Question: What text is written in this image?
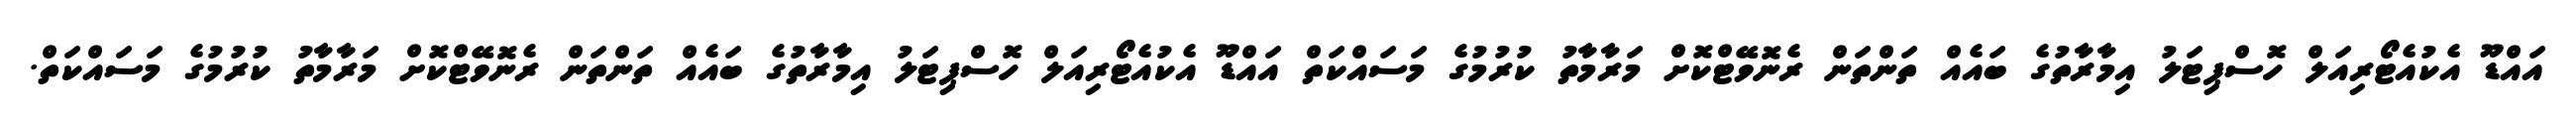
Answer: އައްޑޫ އެކުއެޓޯރިއަލް ހޮސްޕިޓަލު އިމާރާތުގެ ބައެއް ތަންތަން ރެނޮވޭޓްކޮށް މަރާމާތު ކުރުމުގެ މަސައްކަތް އައްޑޫ އެކުއެޓޯރިއަލް ހޮސްޕިޓަލު އިމާރާތުގެ ބައެއް ތަންތަން ރެނޮވޭޓްކޮށް މަރާމާތު ކުރުމުގެ މަސައްކަތް.